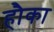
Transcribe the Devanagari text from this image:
हौका